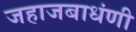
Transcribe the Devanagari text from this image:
जहाजबाधंणी